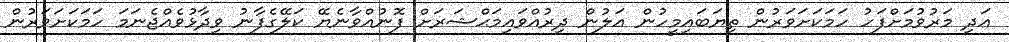
އަދި މަރުވުމަށްފަހު ހަމަކަށަވަރުން ތިޔަބައިމީހުން އަލުން ދިރުއްވައިމަޙްޝަރަށް ފޮނުއްވާނެޔޭ ކަލޭގެފާނު ވިދާޅުވެއްޖެނަމަ ހަމަކަށަވަރުން